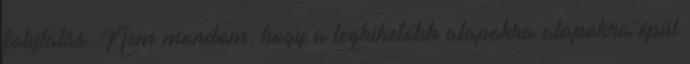
folytatás. Nem mondom, hogy a leghihetőbb alapokra alapokra épül